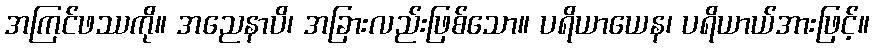
အကြင်ဖဿကို။ အညေနာပိ၊ အခြားလည်းဖြစ်သော။ ပရိယာယေန၊ ပရိယာယ်အားဖြင့်။